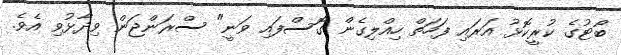
ބޯޓުގެ ކުރީކޮޅު އަރައި ފަހަތް ހިއްލިގެން ގޮސްފައި ވަނީ" ސްރަންޖަން ވިދާޅުވި އެވެ.